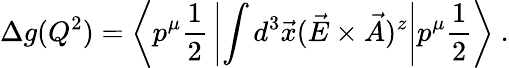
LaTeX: \Delta g(Q^{2})=\left\langle p^{\mu}{\frac{1}{2}}\left|\int d^{3}\vec{x}(\vec{E}\times\vec{A})^{z}\right|p^{\mu}{\frac{1}{2}}\right\rangle\ .